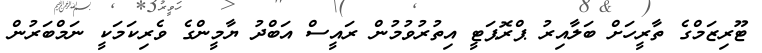
ޓޫރިޒަމްގެ ތާރީހަށް ބަލާއިރު ޕްރޮޕަޓީ އިތުރުވުމުން ރައީސް އަބްދު ޔާމީންގެ ވެރިކަމަކީ ނަމްބަރުން